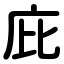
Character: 庇